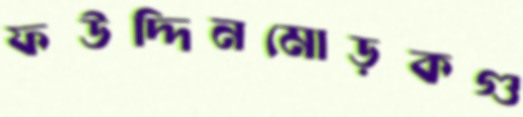
ফউদ্দিনমোড়কগু